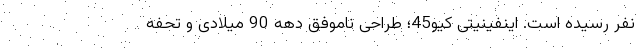
نفر رسیده است. اینفینیتی کیو45؛ طراحی ناموفق دهه 90 میلادی و تحفه